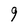
Character: 9